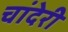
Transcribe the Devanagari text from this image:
चांदेरी